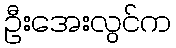
ဦးအေးလွင်က